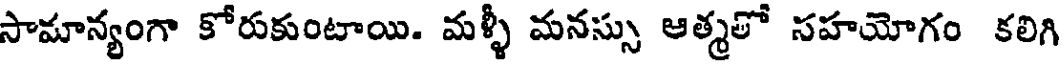
సామాన్యంగా కోరుకుంటాయి. మళ్ళీ మనస్సు ఆత్మతో సహయోగం కలిగి